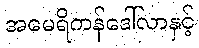
အမေရိကန်ဒေါ်လာနှင့်